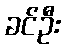
ခင်ဦး